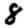
Digit: 8